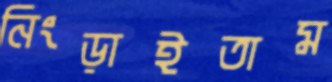
নিংড়াইতাম